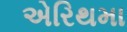
એરિથમા